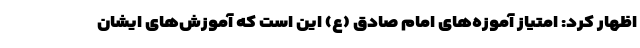
اظهار کرد: امتیاز آموزه‌های امام صادق (ع) این است که آموزش‌های ایشان